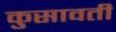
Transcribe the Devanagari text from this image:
कुसावती